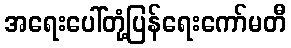
အရေးပေါ်တုံ့ပြန်ရေးကော်မတီ